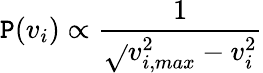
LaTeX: \mathtt{P}(v_{i})\propto\frac{{1}}{{\sqrt{}{{v_{i,max}^{2}-v_{i}^{2}}}}}